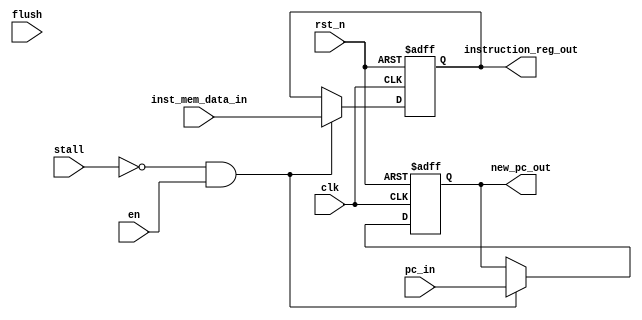
module if_id_reg
#(
    parameter PC_DATA_WIDTH = 20,
    parameter INSTRUCTION_WIDTH = 32
)(
   input clk,    // Clock
   input rst_n,  // Asynchronous reset active low
   input en,
   input stall,                                              // Indicates a stall insertion on the datapath
   input flush,                                              // Force flush in pipeline registers
   input [INSTRUCTION_WIDTH-1:0] inst_mem_data_in,           // SRAM input data
   input [PC_DATA_WIDTH-1:0] pc_in,                          // Value of Program Counter

   output reg [PC_DATA_WIDTH-1:0] new_pc_out,                // Updated value of the Program Counter
   output reg [INSTRUCTION_WIDTH-1:0] instruction_reg_out    // CPU core fetched instruction
);
always@(posedge clk or negedge rst_n)begin
   if(!rst_n) begin
      new_pc_out <= 0;
      instruction_reg_out <= 0;
   end else if((!stall)&en)begin
      new_pc_out <= pc_in;
//      if(flush)begin
//         instruction_reg_out <= 0;
//      end
//      else begin
         instruction_reg_out <= inst_mem_data_in;
//      end
   end
end

endmodule